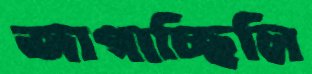
জাগাচ্ছিলি